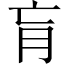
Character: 肓